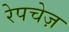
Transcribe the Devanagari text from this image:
रेपचेज़